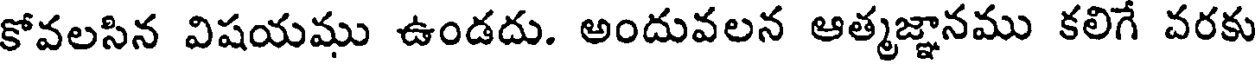
కోవలసిన విషయము ఉండదు. అందువలన ఆత్మజ్ఞానము కలిగే వరకు